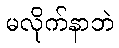
မလိုက်နာဘဲ